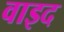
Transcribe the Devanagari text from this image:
वाइद